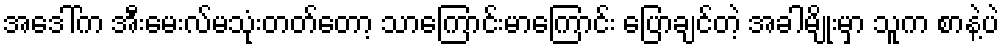
အဒေါ်က အီးမေးလ်မသုံးတတ်တော့ သာကြောင်းမာကြောင်း ပြောချင်တဲ့ အခါမျိုးမှာ သူက စာနဲ့ပဲ